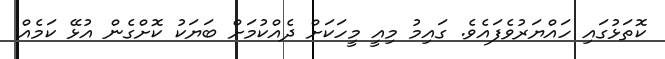
ކޮތަޅުގައި ހައްޔަރުވެފައެވެ. ގައިމު މިއީ މީހަކަށް ދެއްކުމަށް ބަޔަކު ކޮށްގެން އުޅޭ ކަމެއް